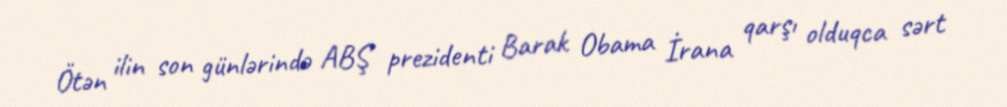
Ötən ilin son günlərində ABŞ prezidenti Barak Obama İrana qarşı olduqca sərt